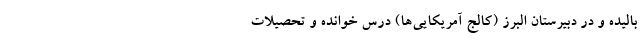
بالیده و در دبیرستانِ البرز (کالج آمریکایی‌ها) درس خوانده و تحصیلاتِ